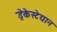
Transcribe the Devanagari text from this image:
ड्रेकेस्टेयान